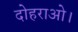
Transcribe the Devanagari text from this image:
दोहराओ।